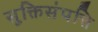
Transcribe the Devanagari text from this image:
सूक्तिसंपत्ति